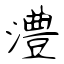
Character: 澧